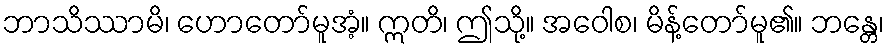
ဘာသိဿာမိ၊ ဟောတော်မူအံ့။ ဣတိ၊ ဤသို့။ အဝေါစ၊ မိန့်တော်မူ၏။ ဘန္တေ၊